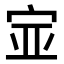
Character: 𫳃